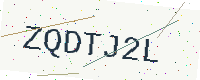
Text: ZQDTJ2L